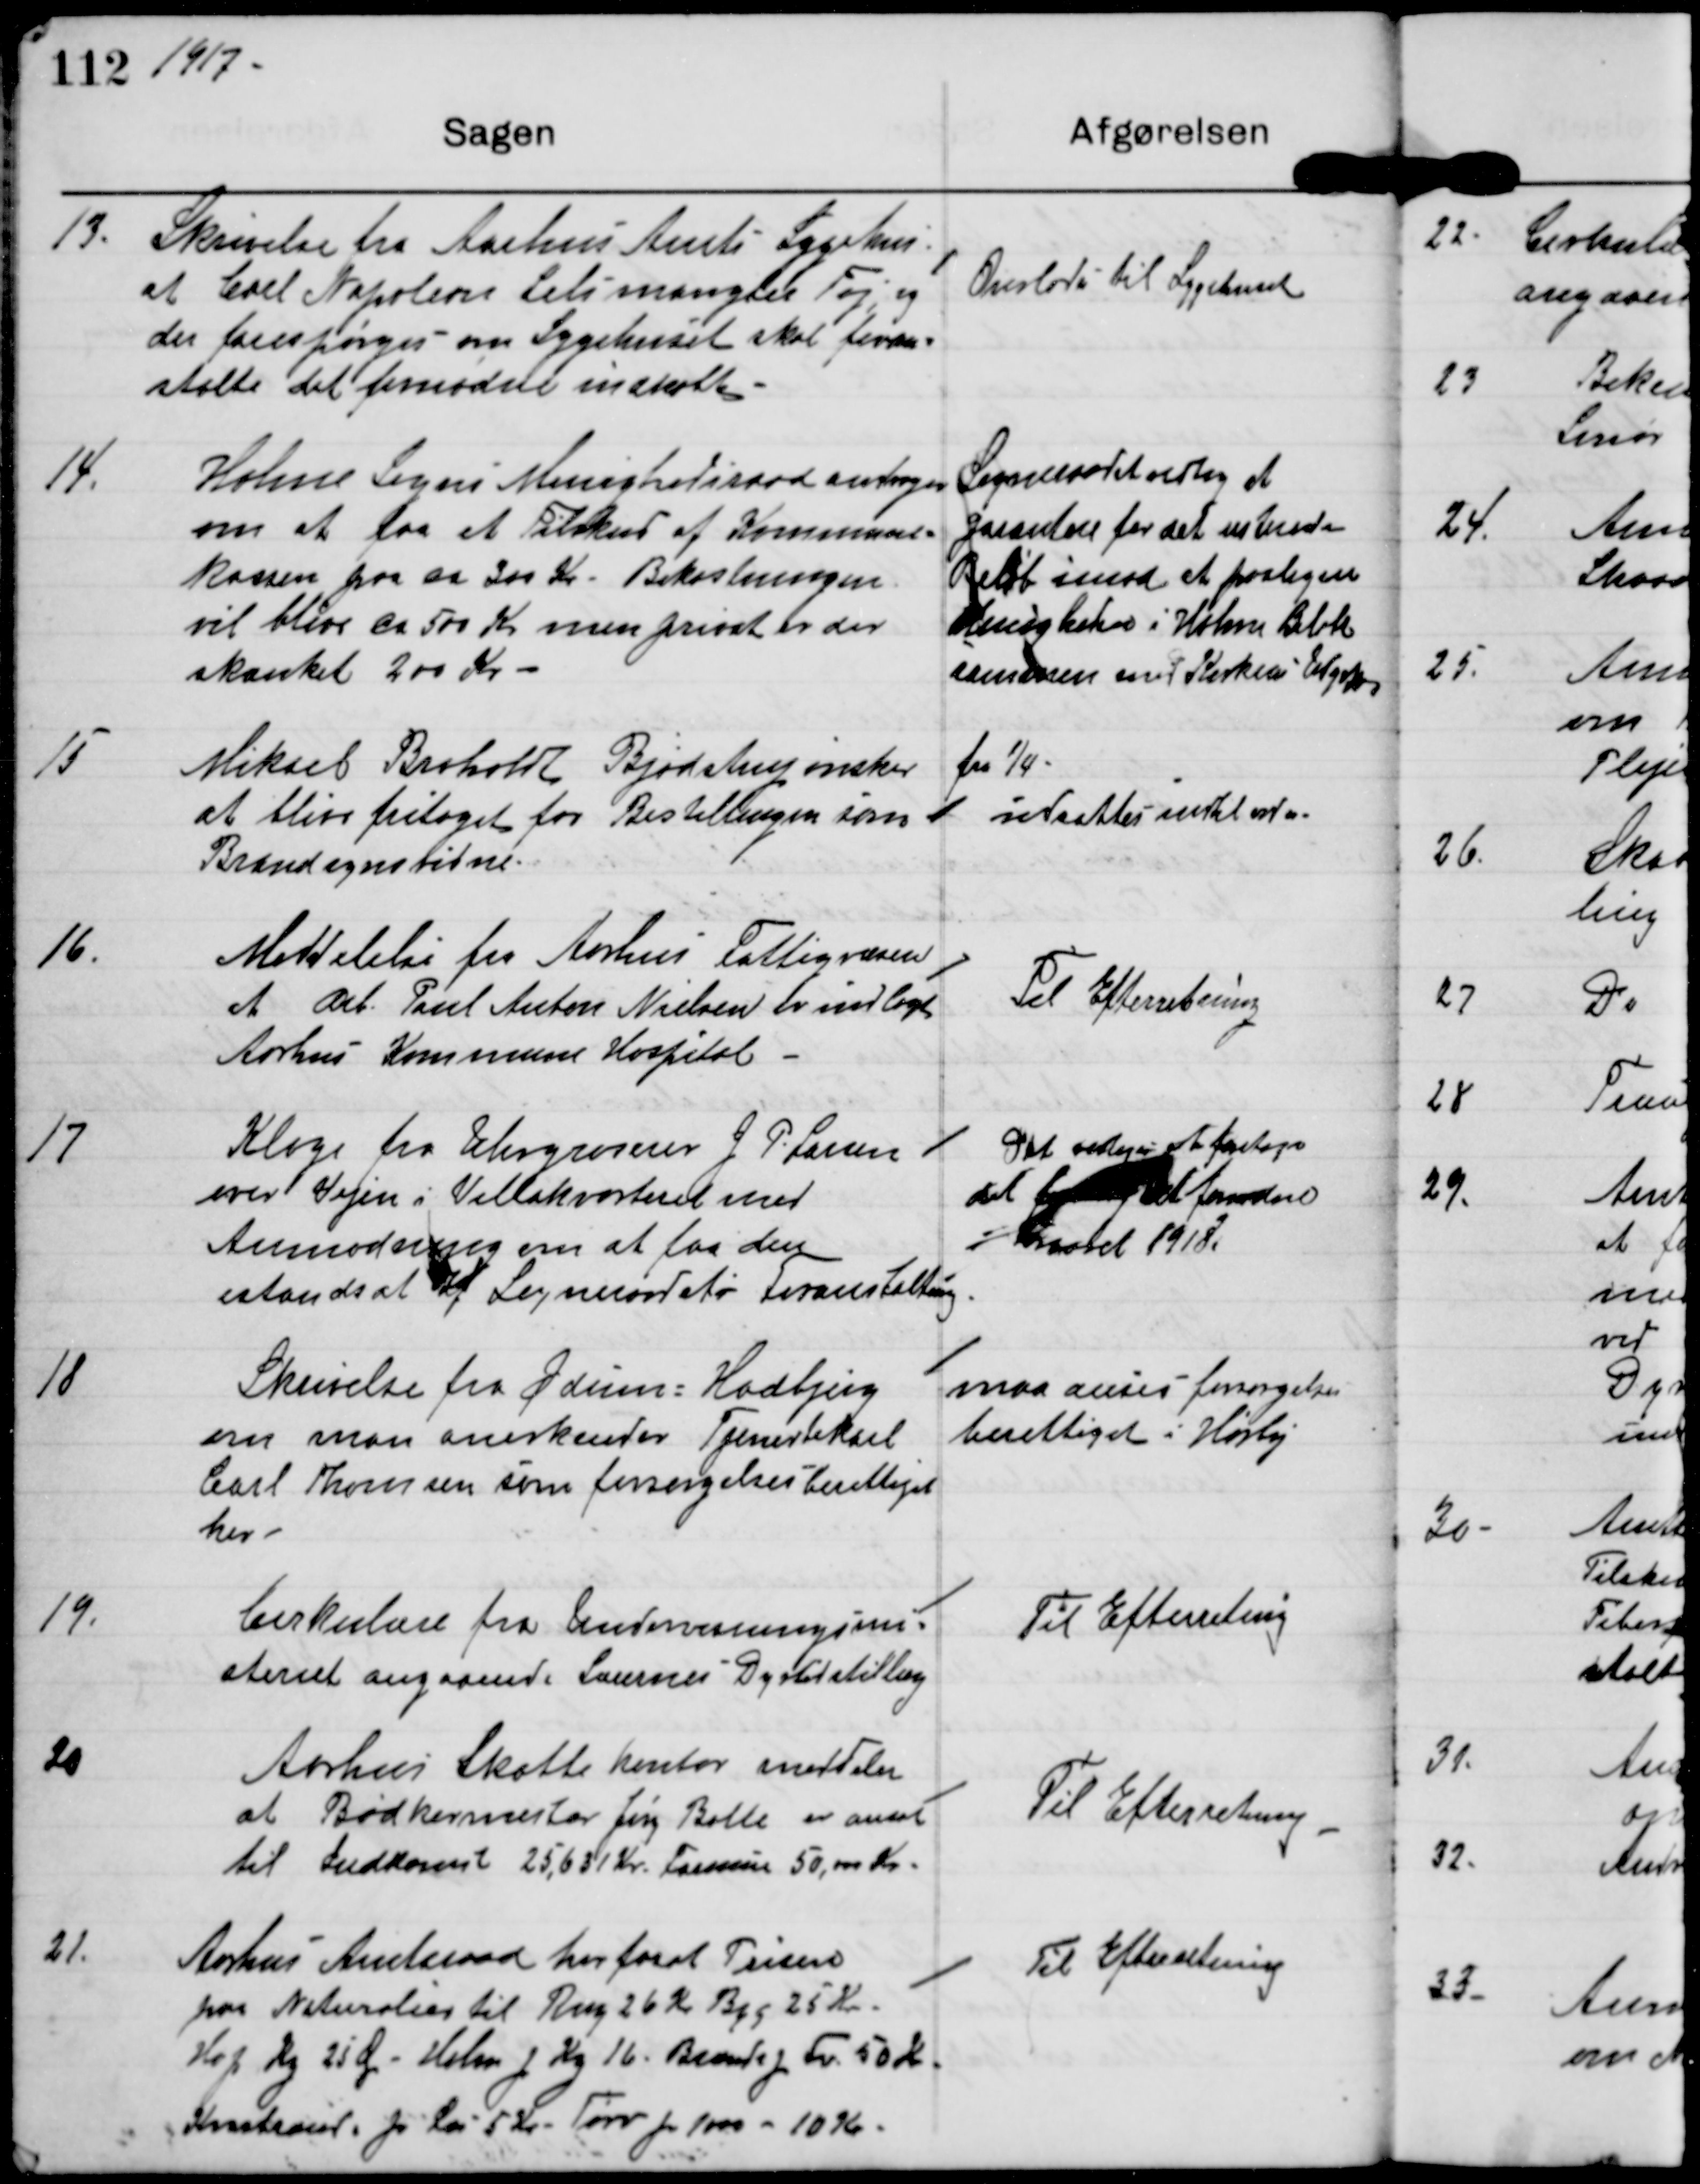
Transskription:
1917

13.

Skrivelse fra Aarhus Amts Sygehus
at Carl Napoleon Seli mangler Tøj, og
der forespørges om Sygehuset skal foran-
stalte det fornødne indkøbt.

Overlades til Sygehuset

14.

Holme Sogns Menighedsraad ansøger
om at faa et Tilskud af Kommune-
kassen paa ca 200 kr. Bekostningen
vil blive ca 500 Kr men privat er der
skænket 200 Kr.

Sogneraadet vedtog at
garantere for det resterende
Beløb imod at for?
Menigheden i Holme Bi?
sammen med Kirkens Udgifter.

15

Mikael Broholdt Bjødstrup ønsker fra 1/4
at blive fritaget for Bestillingen som
Brandsynsvidne

udsattes indtil videre

16.

Meddelelse fra Aarhus Fattigvæsen
at Arb. Paul Anton Nielsen er indlagt
Aarhus Kommune Hospital.

Til Efterretning

17

Klage fra Uhrgroserer J P. Larsen
over Vejen i Villakvarteret med
Anmodning om at faa den
istandsat af Sogneraadets Foranstaltning.

Det vedtoges at foretage
det f fornødne
Foraaret 1918.

18

Skrivelse fra Ødum-Hadbjerg
om man anerkender Tjenestekarl
Carl Thomsen som forsørgelsesberettiget
her.

maa anses forsørgelses-
berettiget i Hørby

19.

Cirkulære fra Undervisningsmini-
steriet angaaende Lærernes Dyrtidstillæg.

Til Efterretning

20

Aarhus Skattekontor meddeler
at Bødmermester Jørg Balle er ansat
til Indkomst 25,631 Kr. Formuen 50,000 Kr.

Til Efterretning

21.

Aarhus Amtsraad har fastsat Prisen
paa Naturalier til Rug 26 Kr Byg 25 Kr.
Hø p Kg 25 Ø. Halm p Kg 16. Brænds.p Fv 50 Kr.
Kn p L 5 Kr. Tørv p 1000 - 10 Kr.

Til Efterretning